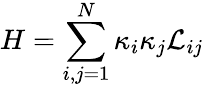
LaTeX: H=\sum_{i,j=1}^{N}\kappa_{i}\kappa_{j}\mathcal{L}_{ij}